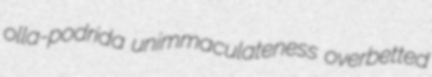
olla-podrida unimmaculateness overbetted